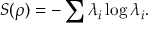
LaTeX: S ( \rho ) = - \sum \lambda _ { i } \log \lambda _ { i } .